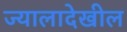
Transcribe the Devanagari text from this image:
ज्यालादेखील